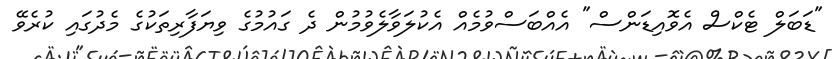
"ޑަބަލް ޓެކްސް އެވޮއިޑަންސް" އެއްބަސްވުމެއް އެކުލަވާލެވުމުން ދެ ގައުމުގެ ވިޔަފާރިތަކުގެ މެދުގައި ކުރެވޭ